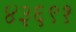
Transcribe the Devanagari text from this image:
४३६९१